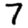
Digit: 7